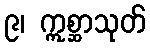
၉၊ ဣစ္ဆာသုတ်